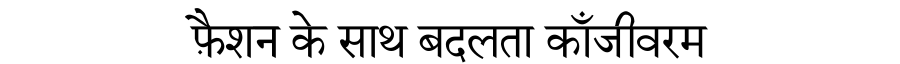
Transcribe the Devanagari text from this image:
फ़ैशन के साथ बदलता काँजीवरम